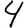
Digit: 4